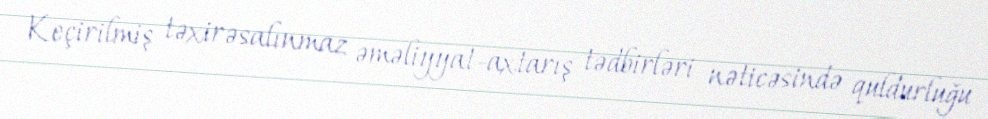
Keçirilmiş təxirəsalınmaz əməliyyat-axtarış tədbirləri nəticəsində quldurluğu